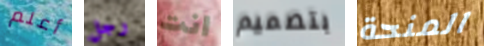
أعلم رجل انت بتصميم المنحة